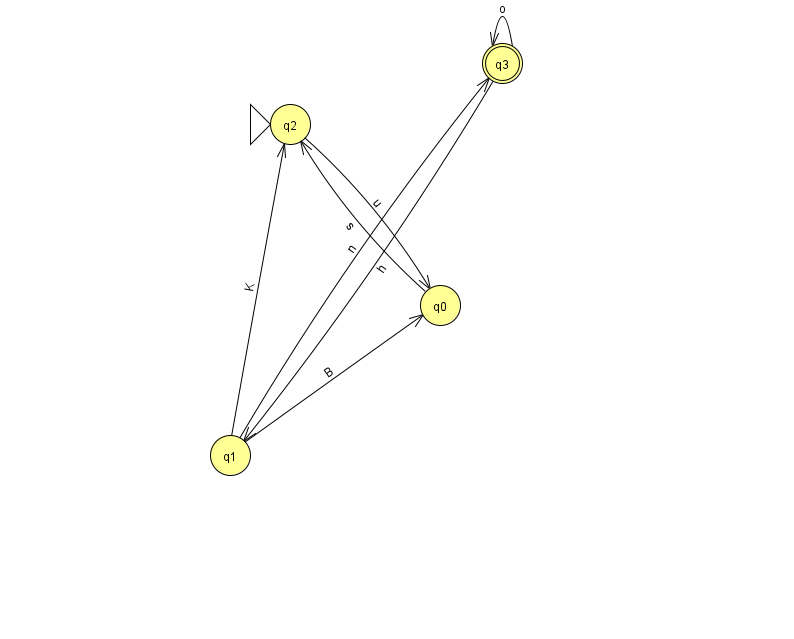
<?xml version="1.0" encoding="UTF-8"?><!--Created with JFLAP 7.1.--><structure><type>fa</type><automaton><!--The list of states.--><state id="0" name="q0"><x>440.0</x><y>292.0</y></state><state id="1" name="q1"><x>230.0</x><y>442.0</y></state><state id="2" name="q2"><x>290.0</x><y>111.0</y><initial/></state><state id="3" name="q3"><x>502.0</x><y>50.0</y><final/></state><!--The list of transitions.--><transition><from>1</from><to>2</to><read>K</read></transition><transition><from>1</from><to>0</to><read>B</read></transition><transition><from>1</from><to>3</to><read>n</read></transition><transition><from>2</from><to>0</to><read>u</read></transition><transition><from>0</from><to>2</to><read>s</read></transition><transition><from>3</from><to>1</to><read>h</read></transition><transition><from>3</from><to>3</to><read>o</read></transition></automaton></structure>